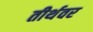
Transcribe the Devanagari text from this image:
तीर्थवर